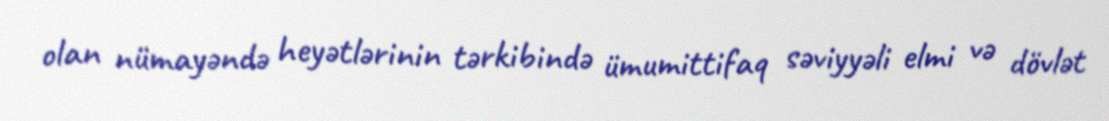
olan nümayəndə heyətlərinin tərkibində ümumittifaq səviyyəli elmi və dövlət